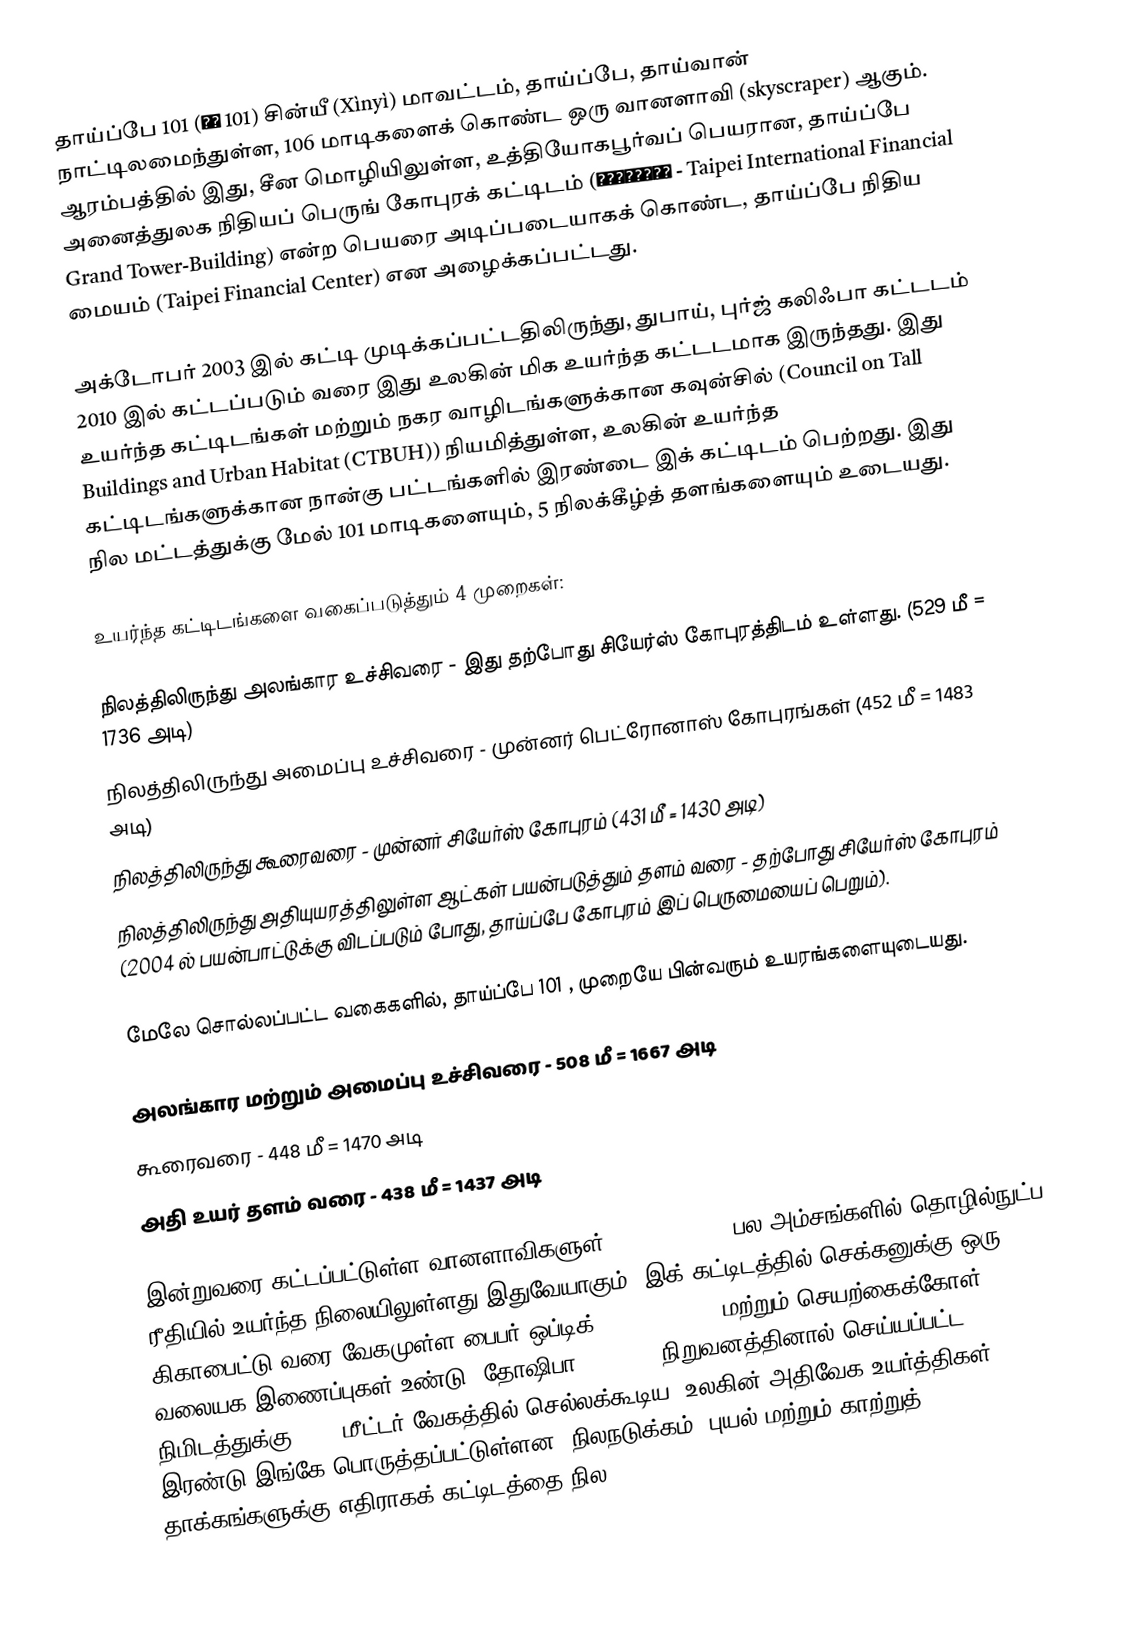
தாய்ப்பே 101 (臺北 101) சின்யீ (Xìnyì) மாவட்டம், தாய்ப்பே, தாய்வான் நாட்டிலமைந்துள்ள, 106 மாடிகளைக் கொண்ட ஒரு வானளாவி (skyscraper) ஆகும். ஆரம்பத்தில் இது, சீன மொழியிலுள்ள, உத்தியோகபூர்வப் பெயரான, தாய்ப்பே அனைத்துலக நிதியப் பெருங் கோபுரக் கட்டிடம் (臺北國際金融大樓 - Taipei International Financial Grand Tower-Building) என்ற பெயரை அடிப்படையாகக் கொண்ட, தாய்ப்பே நிதிய மையம் (Taipei Financial Center) என அழைக்கப்பட்டது.

அக்டோபர் 2003 இல் கட்டி முடிக்கப்பட்டதிலிருந்து, துபாய், புர்ஜ் கலிஃபா கட்டடம் 2010 இல் கட்டப்படும் வரை இது உலகின் மிக உயர்ந்த கட்டடமாக இருந்தது. இது உயர்ந்த கட்டிடங்கள் மற்றும் நகர வாழிடங்களுக்கான கவுன்சில் (Council on Tall Buildings and Urban Habitat (CTBUH)) நியமித்துள்ள, உலகின் உயர்ந்த கட்டிடங்களுக்கான நான்கு பட்டங்களில் இரண்டை இக் கட்டிடம் பெற்றது. இது நில மட்டத்துக்கு மேல் 101 மாடிகளையும், 5 நிலக்கீழ்த் தளங்களையும் உடையது.

உயர்ந்த கட்டிடங்களை வகைப்படுத்தும் 4 முறைகள்:

 நிலத்திலிருந்து அலங்கார உச்சிவரை - இது தற்போது சியேர்ஸ் கோபுரத்திடம் உள்ளது. (529 மீ = 1736 அடி)
 நிலத்திலிருந்து அமைப்பு உச்சிவரை - முன்னர் பெட்ரோனாஸ் கோபுரங்கள் (452 மீ = 1483 அடி)
 நிலத்திலிருந்து கூரைவரை - முன்னர் சியேர்ஸ் கோபுரம் (431 மீ = 1430 அடி)
 நிலத்திலிருந்து அதியுயரத்திலுள்ள ஆட்கள் பயன்படுத்தும் தளம் வரை - தற்போது சியேர்ஸ் கோபுரம் (2004 ல் பயன்பாட்டுக்கு விடப்படும் போது, தாய்ப்பே கோபுரம் இப் பெருமையைப் பெறும்).

மேலே சொல்லப்பட்ட வகைகளில், தாய்ப்பே 101 , முறையே பின்வரும் உயரங்களையுடையது.

அலங்கார மற்றும் அமைப்பு உச்சிவரை - 508 மீ = 1667 அடி
கூரைவரை - 448 மீ = 1470 அடி
அதி உயர் தளம் வரை - 438 மீ = 1437 அடி

இன்றுவரை கட்டப்பட்டுள்ள வானளாவிகளுள் (skyscraper), பல அம்சங்களில் தொழில்நுட்ப ரீதியில் உயர்ந்த நிலையிலுள்ளது இதுவேயாகும். இக் கட்டிடத்தில் செக்கனுக்கு ஒரு கிகாபைட்டு வரை வேகமுள்ள பைபர் ஒப்டிக் (fiber-optic) மற்றும் செயற்கைக்கோள் வலையக இணைப்புகள் உண்டு. தோஷிபா(Toshiba) நிறுவனத்தினால் செய்யப்பட்ட, நிமிடத்துக்கு 1008 மீட்டர் வேகத்தில் செல்லக்கூடிய, உலகின் அதிவேக உயர்த்திகள் இரண்டு இங்கே பொருத்தப்பட்டுள்ளன. நிலநடுக்கம், புயல் மற்றும் காற்றுத் தாக்கங்களுக்கு எதிராகக் கட்டிடத்தை நில